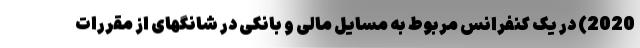
2020) در یک کنفرانس مربوط به مسایل مالی و بانکی در شانگهای از مقررات